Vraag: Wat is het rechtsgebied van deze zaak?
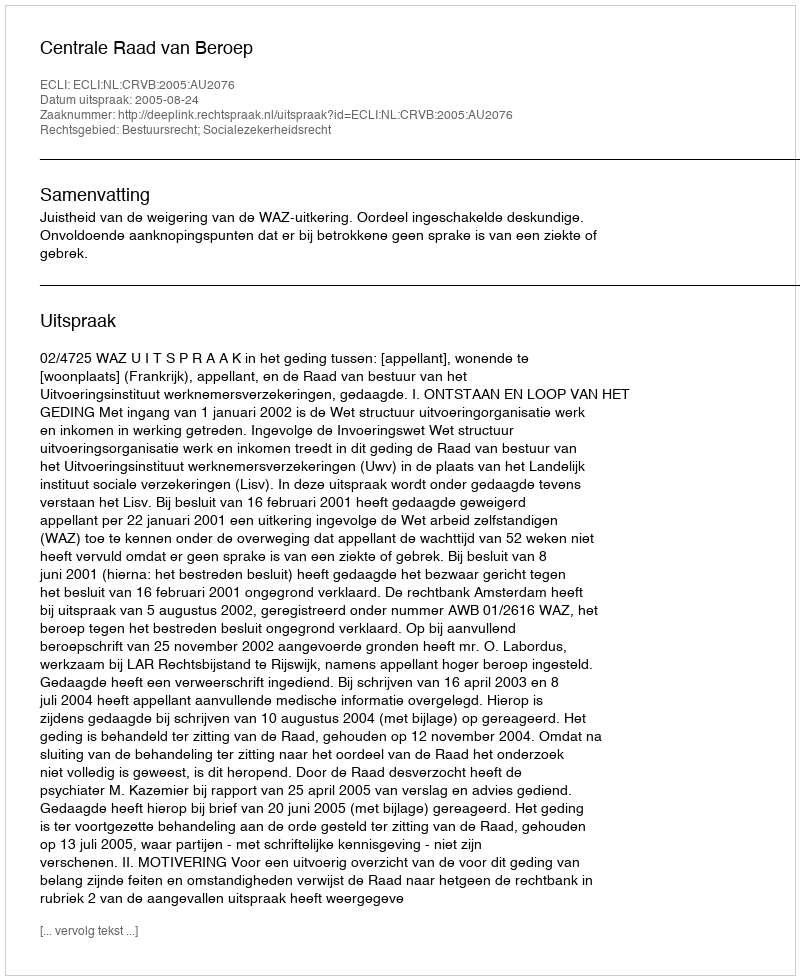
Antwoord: Bestuursrecht; Socialezekerheidsrecht